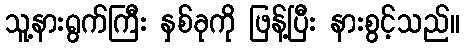
သူ့နားရွက်ကြီး နှစ်ခုကို ဖြန့်ပြီး နားစွင့်သည်။